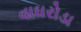
વાઘરોડા